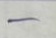
-